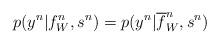
LaTeX: \begin{align*}p(y^n|f_W^n, s^n) = p(y^n|\overline{f}_W^n, s^n) \end{align*}